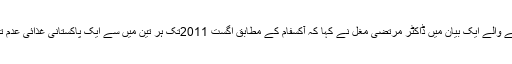
پیر کو جاری ہونے والے ایک بیان میں ڈاکٹر مرتضیٰ مغل نے کہا کہ آکسفام کے مطابق اگست 2011تک ہر تین میں سے ایک پاکستانی غذائی عدم تحفظ کا شکار تھا۔